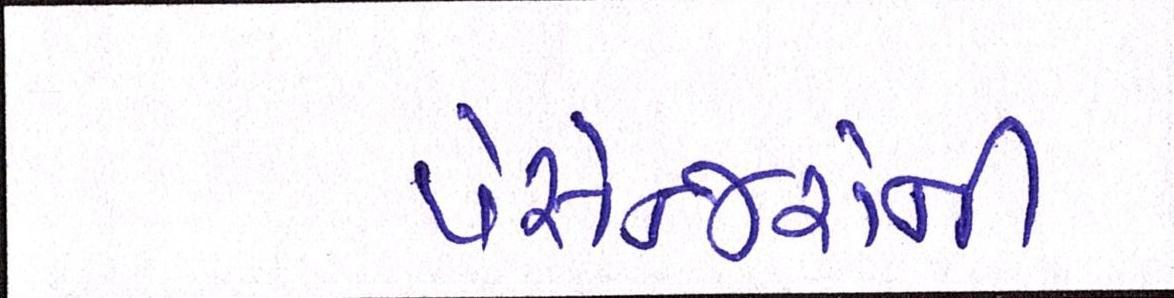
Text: પેસેન્જરોની